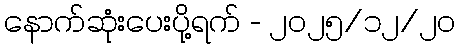
နောက်ဆုံးပေးပို့ရက် - ၂၀၂၅/၁၂/၂၀